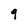
Character: q